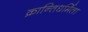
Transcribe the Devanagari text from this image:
क्रान्तिधर्मिता